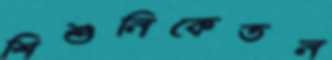
শিশুনিকেতন